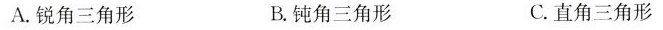
A.锐角三角形 B.钝角三角形 C.直角三角形